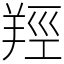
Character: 羥